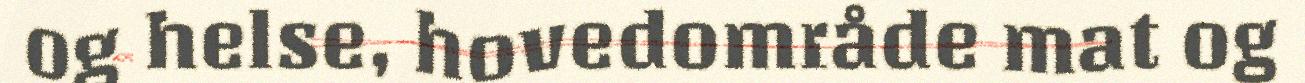
og helse, hovedområde mat og